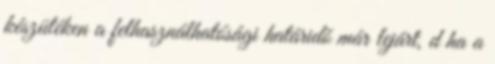
készüléken a felhasználhatósági határidõ már lejárt, d ha a